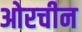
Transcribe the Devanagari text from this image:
ओरचीन